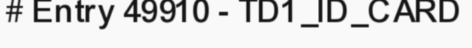
# Entry 49910 - TD1_ID_CARD